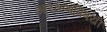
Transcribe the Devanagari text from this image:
आरक्षणाविषयी